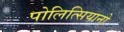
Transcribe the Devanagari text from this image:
पोलित्सियानो